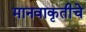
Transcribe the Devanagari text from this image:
मानवाकृतीचे